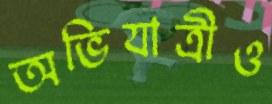
অভিযাত্রীও